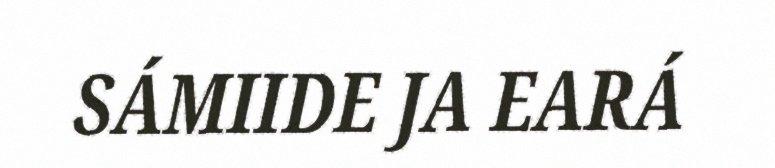
SÁMIIDE JA EARÁ